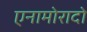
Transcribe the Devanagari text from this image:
एनामोरादो